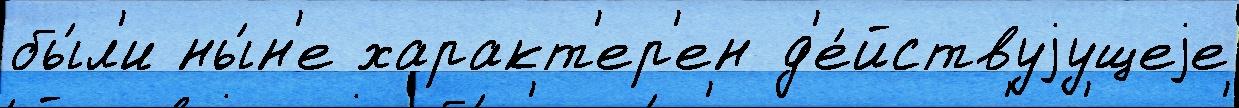
бы́л'и ны́н'е характ'ер'ен д'е́йствуjущеjе